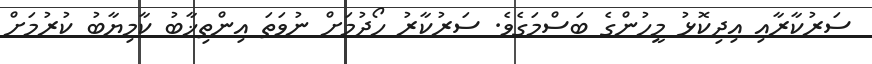
ސަރުކާރާއި އިދިކޮޅު މީހުންގެ ބަސްމަގެވެ. ސަރުކާރު ހޯދުމަށް ނުވަތަ އިންތިޚާބު ކާމިޔާބު ކުރުމަށް